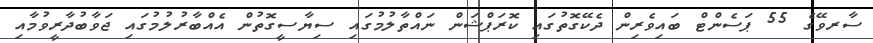
ސާރވޭގެ 55 ޕަސެންޓް ބައިވެރިން ދެކޭގޮތުގައި ކޮރަޕްޝަން ނައްތާލުމުގައި ސިޔާސީގޮތުން އެއްބާރުލުމުގައި ޖަވާބުދާރީވުމާއި